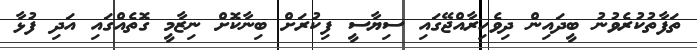
ތަފާތުކުރެވުނު ބީދައިން ދިވެހިރާއްޖޭގައި ސިޔާސީ ފިކުރަށް ބިނާކޮށް ނިޒާމީ ގޮތެއްގައި އަދި ފުޅާ